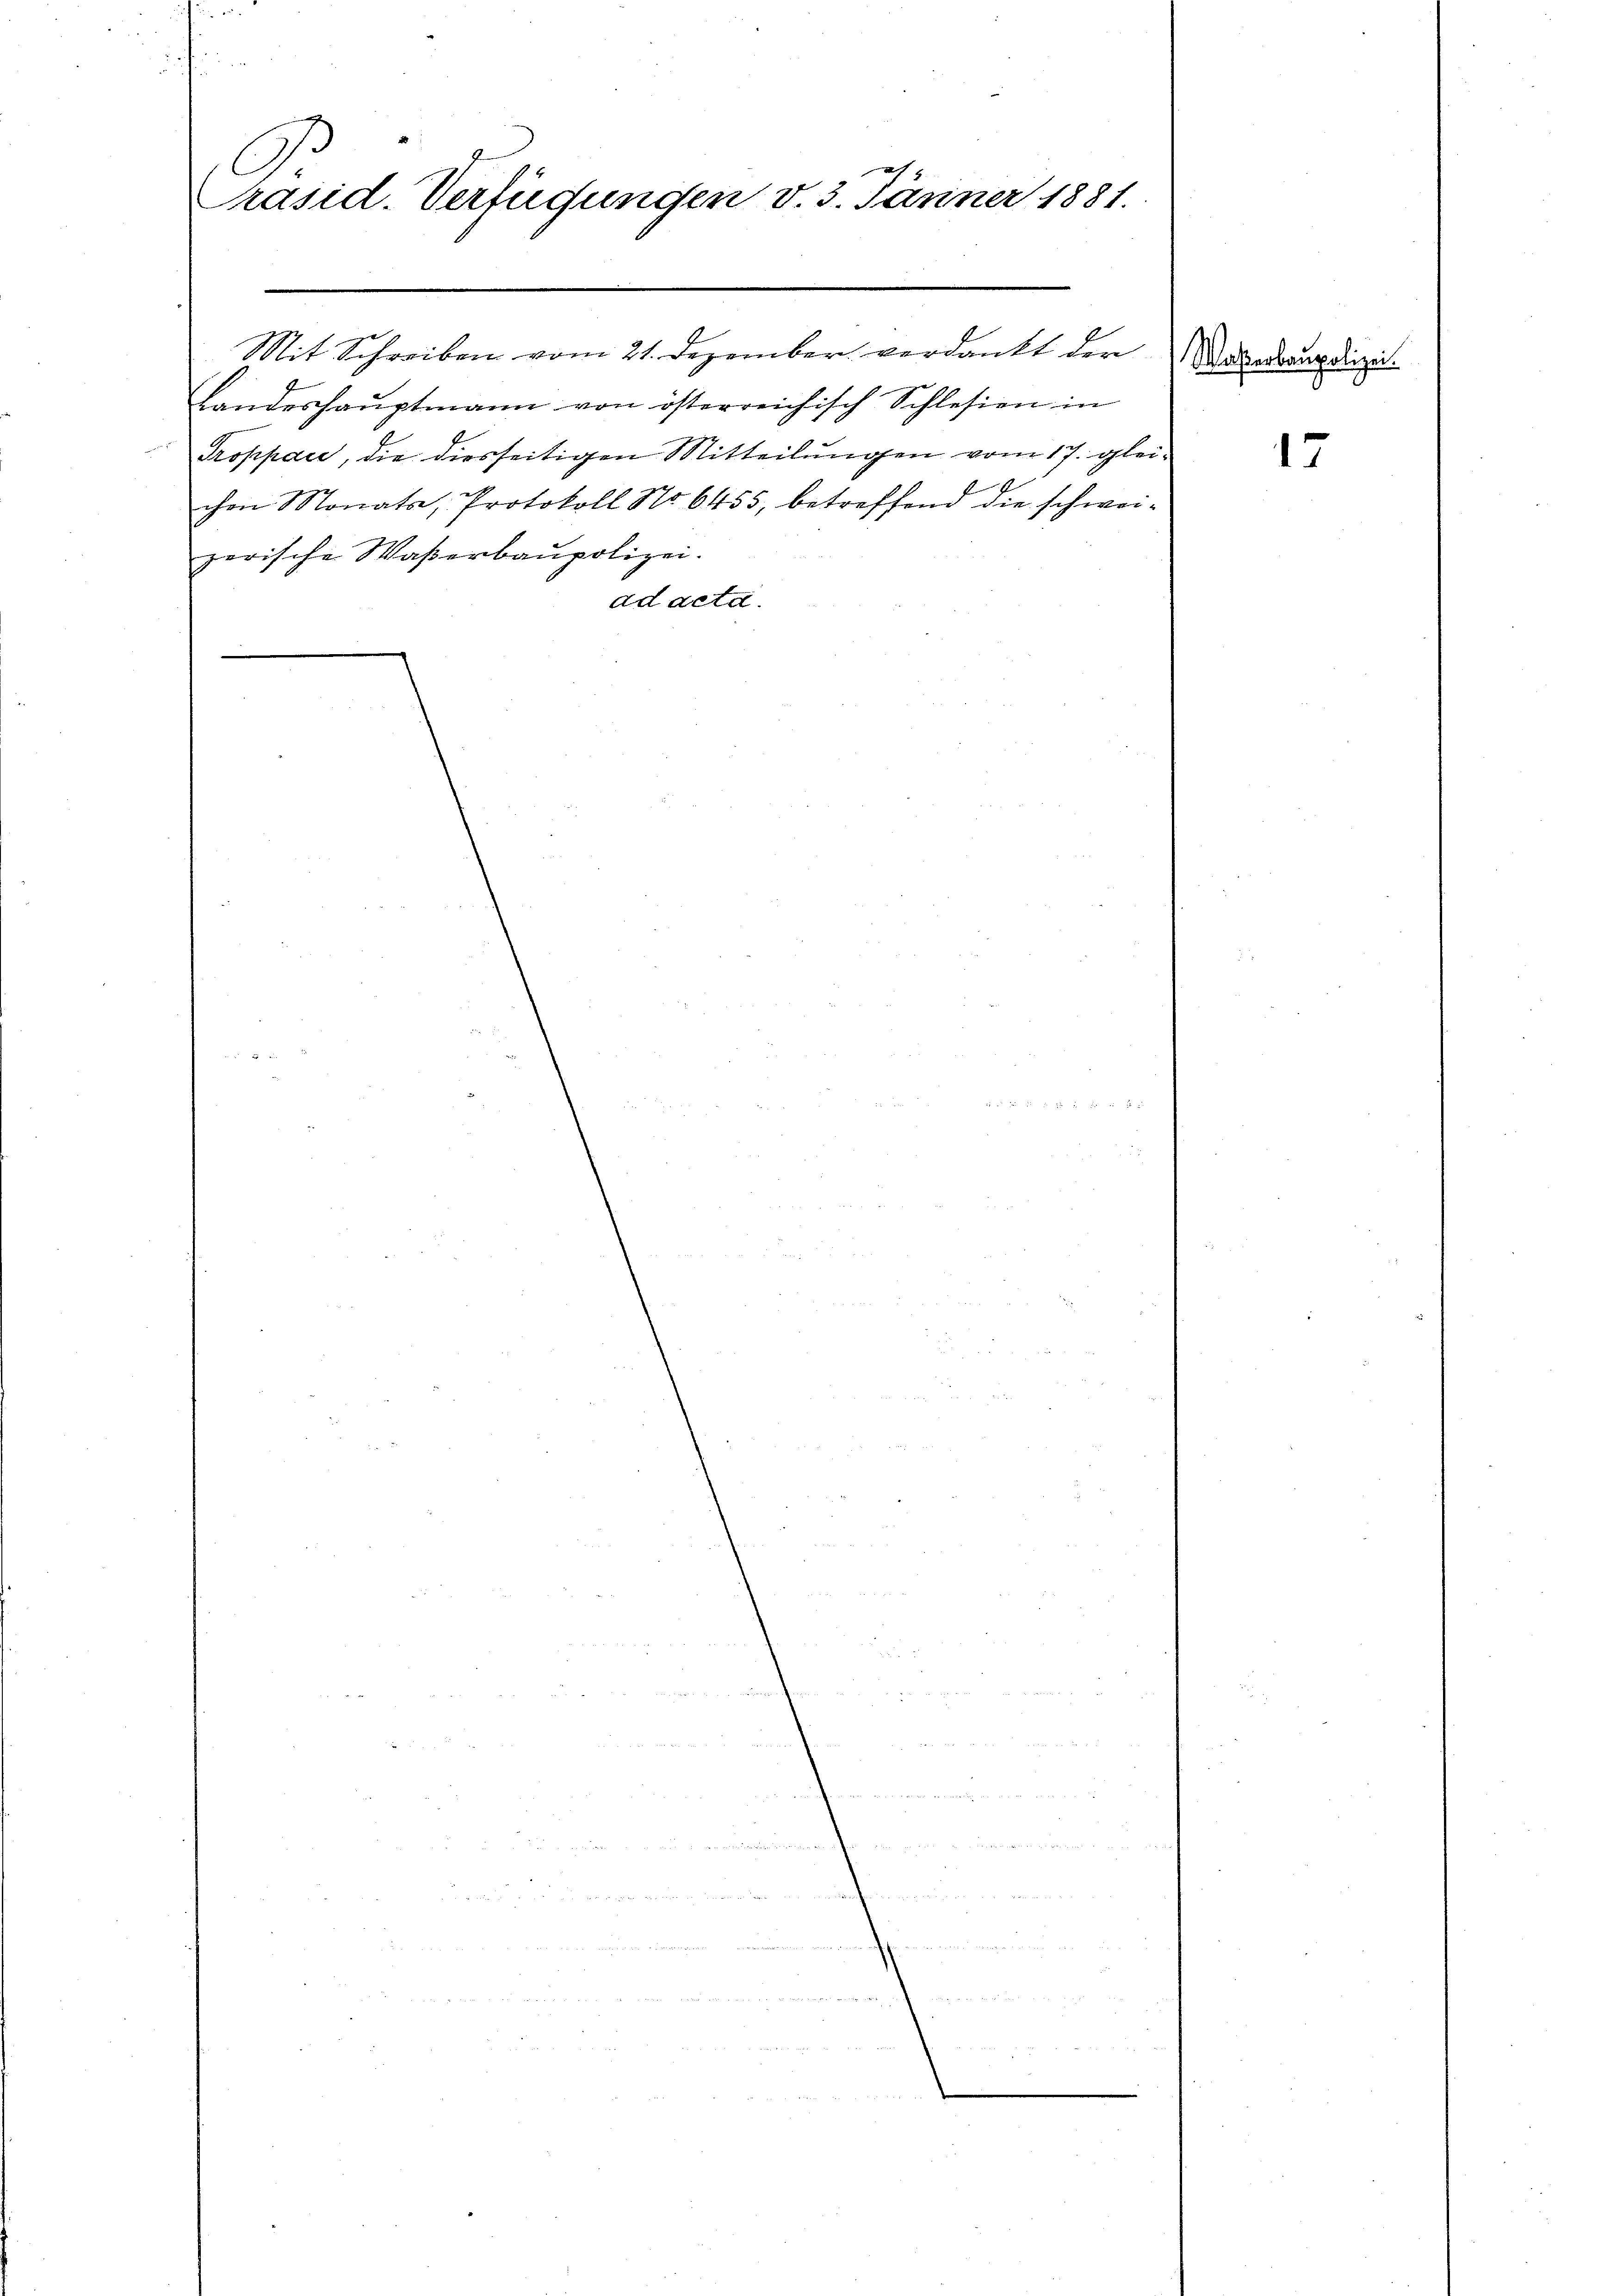
A.
Präsid. Verfügungen v. 3. Jänner 1881.
.

Handeshauptmann von österreichisch Schlesien in
Troppace, die diesseitigen Mitteilungen vom 17. gleichen Monats, Protokoll No 6455, betreffend die schweizerische Waßerbaupolizei.
ad acta.

E
Mit Schreiben vom 21. Dezember verdankt der

Waßerbaupolizei.

17